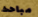
مباحث